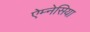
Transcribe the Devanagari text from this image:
ऐम्नेसिया